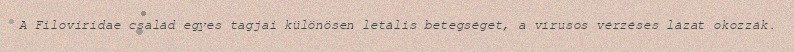
A Filoviridae család egyes tagjai különösen letális betegséget, a vírusos vérzéses lázat okozzák.